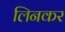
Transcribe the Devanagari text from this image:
लिनकर